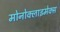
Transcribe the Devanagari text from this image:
मोनोक्लाइमेक्स